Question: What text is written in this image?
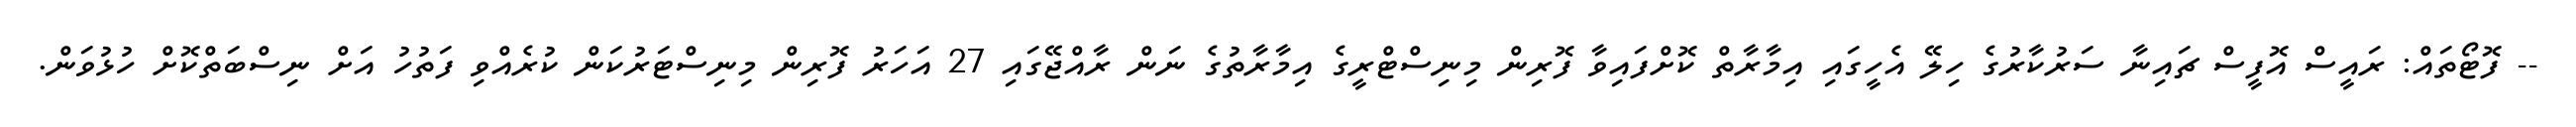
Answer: -- ފޮޓޯތައް: ރައީސް އޮފީސް ޗައިނާ ސަރުކާރުގެ ހިލޭ އެހީގައި އިމާރާތް ކޮށްފައިވާ ފޮރިން މިނިސްޓްރީގެ އިމާރާތުގެ ނަން ރާއްޖޭގައި 27 އަހަރު ފޮރިން މިނިސްޓަރުކަން ކުރެއްވި ފަތުހު އަށް ނިސްބަތްކޮށް ހުޅުވަން.